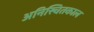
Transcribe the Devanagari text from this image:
अनिस्चितकाल